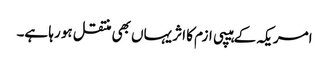
امریکہ کے ہیپی ازم کا اثر یہاں بھی منتقل ہو رہا ہے۔